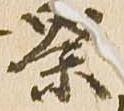
祭